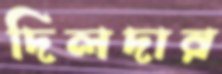
দিলদার